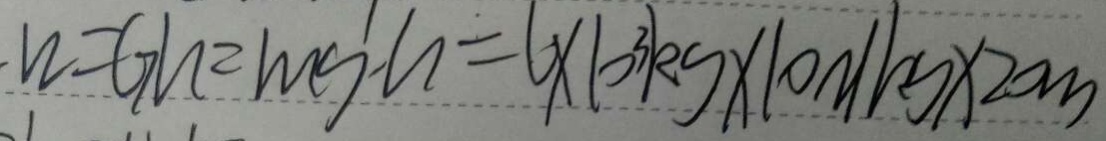
w = G h = m g \cdot h = 6 \times 1 0 ^ { 3 } k g \times 1 0 N / k g \times 2 0 m